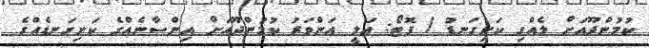
ކުމުންދޫއަށް ލެއްގި ކަށިގަނޑު / ފޮޓޯ: ޢަލީ އަންވަރު ކުމުންދޫއަށް އިންސާނެއްގެ ކަށިގަނޑެއްގެ